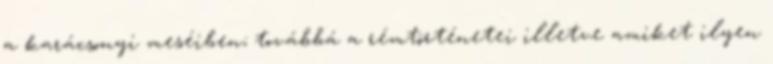
a karácsonyi meséiben; továbbá a rémtörténetei illetve amiket ilyen